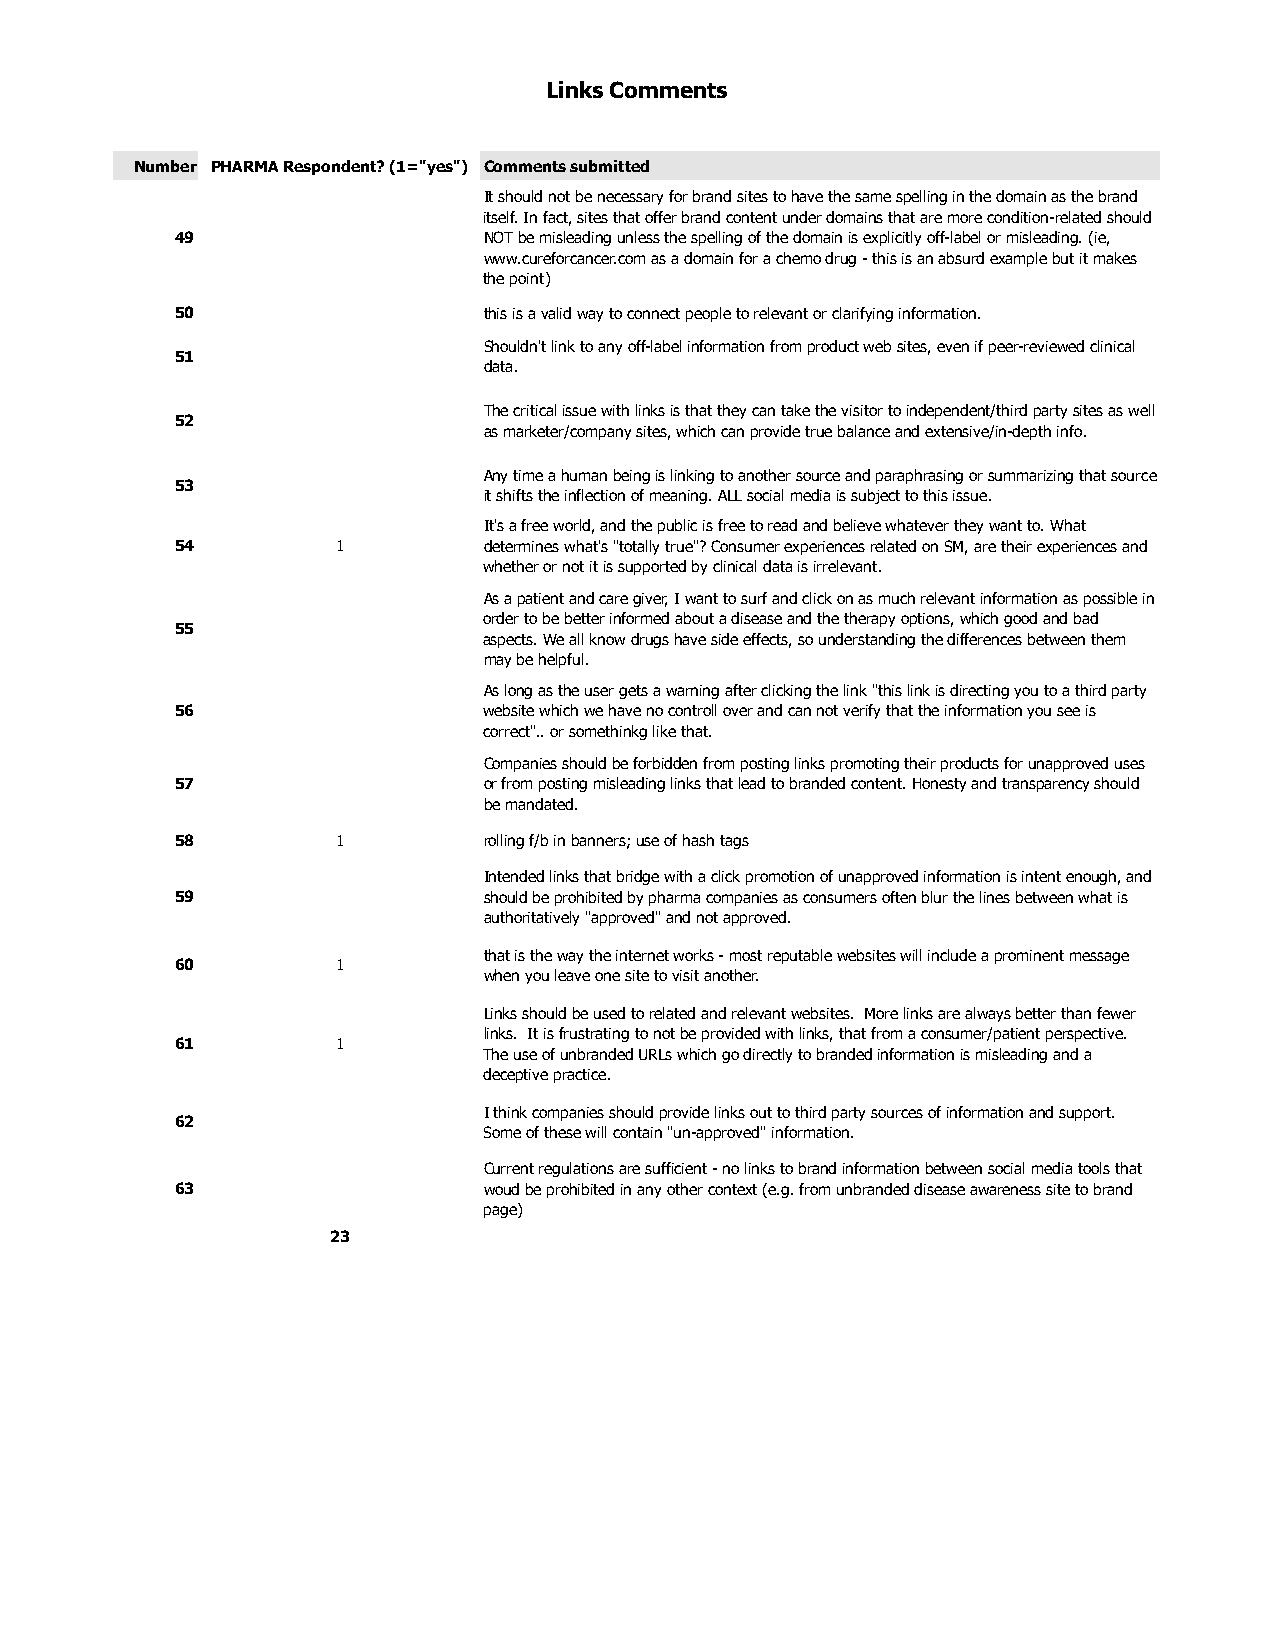
Links Comments
 Number PHARMA Respondent? (1="yes") Comments submitted
 It should not be necessary for brand sites to have the same spelling in the domain as the brand
 itself. In fact, sites that offer brand content under domains that are more condition-related should
 49                  NOT be misleading unless the spelling of the domain is explicitly off-label or misleading. (ie,
 www.cureforcancer.com as a domain for a chemo drug - this is an absurd example but it makes
 the point)
 50                  this is a valid way to connect people to relevant or clarifying information.
 Shouldn't link to any off-label information from product web sites, even if peer-reviewed clinical
 51
 data.
 The critical issue with links is that they can take the visitor to independent/third party sites as well
 52
 as marketer/company sites, which can provide true balance and extensive/in-depth info.
 Any time a human being is linking to another source and paraphrasing or summarizing that source
 53
 it shifts the inflection of meaning. ALL social media is subject to this issue.
 It's a free world, and the public is free to read and believe whatever they want to. What
 54        1         determines what's "totally true"? Consumer experiences related on SM, are their experiences and
 whether or not it is supported by clinical data is irrelevant.
 As a patient and care giver, I want to surf and click on as much relevant information as possible in
 order to be better informed about a disease and the therapy options, which good and bad
 55
 aspects. We all know drugs have side effects, so understanding the differences between them
 may be helpful.
 As long as the user gets a warning after clicking the link "this link is directing you to a third party
 56                  website which we have no controll over and can not verify that the information you see is
 correct".. or somethinkg like that.
 Companies should be forbidden from posting links promoting their products for unapproved uses
 57                  or from posting misleading links that lead to branded content. Honesty and transparency should
 be mandated.
 58        1         rolling f/b in banners; use of hash tags
 Intended links that bridge with a click promotion of unapproved information is intent enough, and
 59                  should be prohibited by pharma companies as consumers often blur the lines between what is
 authoritatively "approved" and not approved.
 that is the way the internet works - most reputable websites will include a prominent message
 60        1
 when you leave one site to visit another.
 Links should be used to related and relevant websites. More links are always better than fewer
 links. It is frustrating to not be provided with links, that from a consumer/patient perspective.
 61        1
 The use of unbranded URLs which go directly to branded information is misleading and a
 deceptive practice.
 I think companies should provide links out to third party sources of information and support.
 62
 Some of these will contain "un-approved" information.
 Current regulations are sufficient - no links to brand information between social media tools that
 63                  woud be prohibited in any other context (e.g. from unbranded disease awareness site to brand
 page)
 23